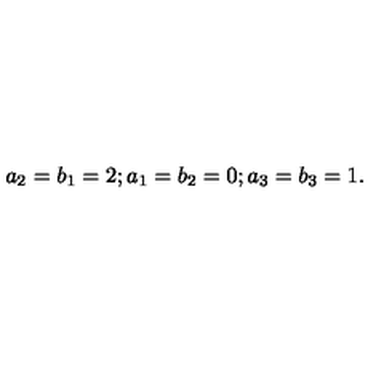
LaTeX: a _ { 2 } = b _ { 1 } = 2 ; a _ { 1 } = b _ { 2 } = 0 ; a _ { 3 } = b _ { 3 } = 1 .